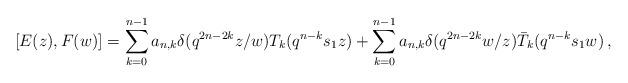
LaTeX: \begin{align*}[E(z),F(w)]=\sum_{k=0}^{n-1}a_{n,k}\delta(q^{2n-2k} z/w)T_k(q^{n-k}s_1z)+\sum_{k=0}^{n-1}a_{n,k}\delta(q^{2n-2k} w/z)\bar{T}_{k}(q^{n-k}s_1w)\,,\end{align*}